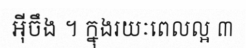
អ៊ីចឹង ។ ក្នុងរយៈពេលល្អ ៣